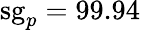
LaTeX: \mathrm{sg}_{p}=99.94\